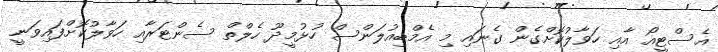
އެސްޓީއޯ އާއި ހަވާލުކޮށްގެން ގެނައި މި އެމްބިއުލަންސް ހުޅުމީދޫ ހެލްތް ސެންޓަރާއި ހަވާލުކޮށްފައިވަނީ